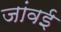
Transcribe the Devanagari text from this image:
जांवई